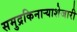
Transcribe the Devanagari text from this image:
समुद्रकिनार्‍याशेजारी